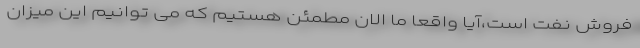
فروش نفت است،آیا واقعا ما الان مطمئن هستیم که می توانیم این میزان